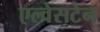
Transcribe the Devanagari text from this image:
एल्वेसटेन